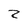
Character: 2